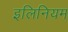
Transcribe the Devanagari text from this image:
इलिनियम